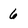
Character: 6